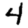
Digit: 4